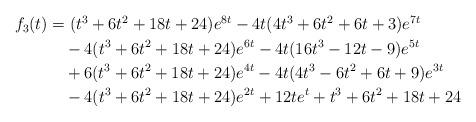
LaTeX: \begin{align*}\begin{aligned}f_3(t)&=(t^3+6 t^2+18 t+24)e^{8 t}-4t(4 t^3+6t^2+6 t+3) e^{7 t}\\&\quad-4 (t^3+6 t^2+18 t+24)e^{6 t}-4 t (16 t^3-12 t-9)e^{5 t}\\&\quad+6 (t^3+6 t^2+18 t+24) e^{4 t}-4t (4 t^3-6 t^2+6 t+9) e^{3 t}\\&\quad-4 (t^3+6 t^2+18t+24)e^{2 t} +12 te^t +t^3+6 t^2+18 t+24\end{aligned}\end{align*}